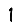
Digit: 1